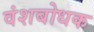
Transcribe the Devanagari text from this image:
वंशबोधक